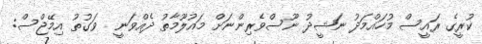
ކުރީގެ ރައީސް މުހައްމަދު ނަޝީދު ނޫސްވެރިންނަށް މައުލޫމާތު ދެއްވަނީ  ވަގުތު އިމޭޖްސް: